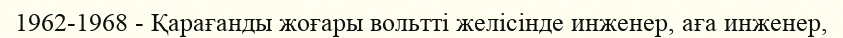
1962-1968 - Қарағанды жоғары вольтті желісінде инженер, аға инженер,